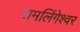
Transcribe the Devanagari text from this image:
रामलिंगेश्‍वर